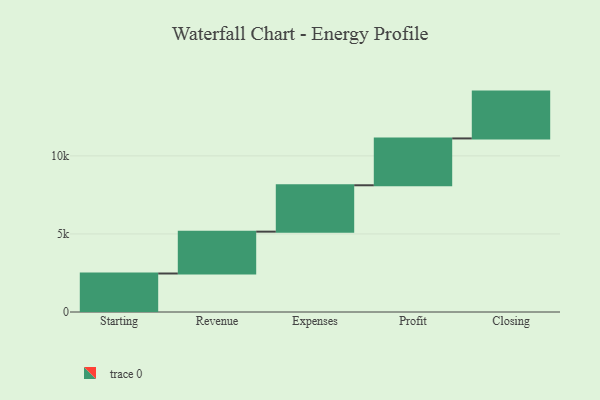
{"axis": {"x": "Step", "y": "Value"}, "legend": [""], "data": [{"x": "Starting", "y": 2466.0, "type": ""}, {"x": "Revenue", "y": 2681.0, "type": ""}, {"x": "Expenses", "y": 2971.0, "type": ""}, {"x": "Profit", "y": 3000, "type": ""}, {"x": "Closing", "y": 3000, "type": ""}]}